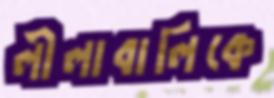
লীলাবালিকে